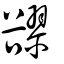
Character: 豂